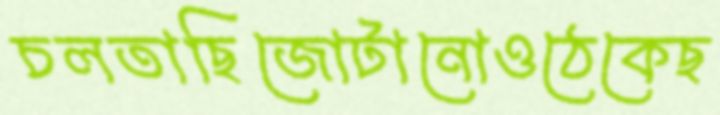
চলতাছিজোটানোওঠেকেছ